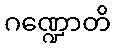
ဂဏ္ဍောတိ